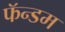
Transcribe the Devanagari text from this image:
फॅन्डम